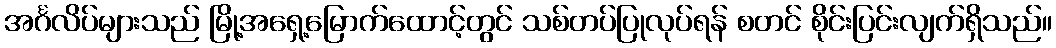
အင်္ဂလိပ်များသည် မြို့အရှေ့မြောက်ထောင့်တွင် သစ်တပ်ပြုလုပ်ရန် စတင် စိုင်းပြင်းလျက်ရှိသည်။